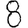
Digit: 8